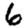
Digit: 6